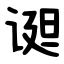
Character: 䜥